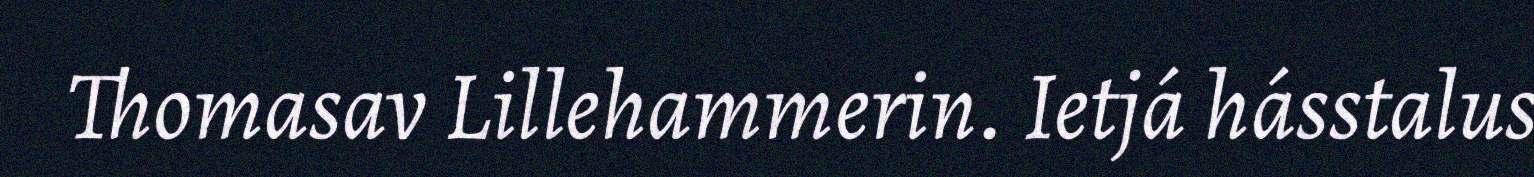
Thomasav Lillehammerin. Ietjá hásstalus